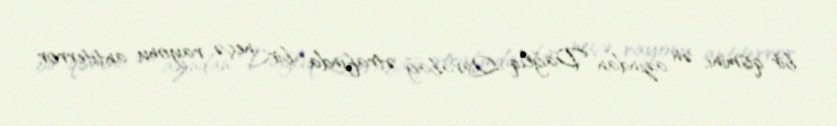
bir qismini, ən azından Dağlıq Qarabağ ətrafında bir neçə rayonu antiterror